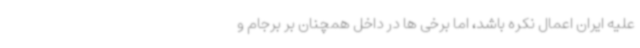
علیه ایران اعمال نکره باشد، اما برخی ها در داخل همچنان بر برجام و